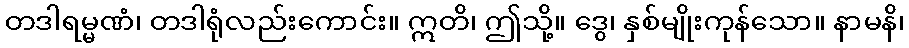
တဒါရမ္မဏံ၊ တဒါရုံလည်းကောင်း။ ဣတိ၊ ဤသို့။ ဒွေ၊ နှစ်မျိုးကုန်သော။ နာမနိ၊